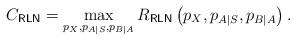
LaTeX: \begin{align*} C_\mathsf{RLN}=\max_{p_X,p_{A|S},p_{B|A}}R_\mathsf{RLN}\left(p_X,p_{A|S},p_{B|A}\right).\end{align*}